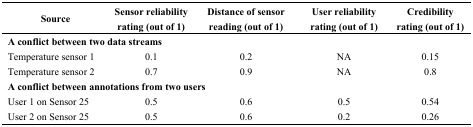
<table><thead><tr><td><b>Source</b></td><td><b>Sensor reliability rating (out of 1)</b></td><td><b>Distance of sensor reading (out of 1)</b></td><td><b>User reliability rating (out of 1)</b></td><td><b>Credibility rating (out of 1)</b></td></tr></thead><tbody><tr><td colspan="5"><b>A conflict between two data streams</b></td></tr><tr><td>Temperature sensor 1</td><td>0.1</td><td>0.2</td><td>NA</td><td>0.15</td></tr><tr><td>Temperature sensor 2</td><td>0.7</td><td>0.9</td><td>NA</td><td>0.8</td></tr><tr><td colspan="5"><b>A conflict between annotations from two users</b></td></tr><tr><td>User 1 on Sensor 25</td><td>0.5</td><td>0.6</td><td>0.5</td><td>0.54</td></tr><tr><td>User 2 on Sensor 25</td><td>0.5</td><td>0.6</td><td>0.2</td><td>0.26</td></tr></tbody></table>